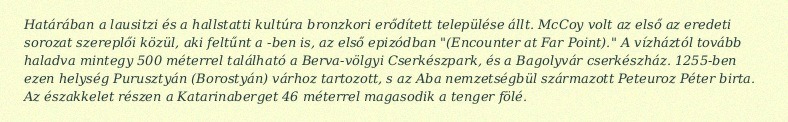
Határában a lausitzi és a hallstatti kultúra bronzkori erődített települése állt. McCoy volt az első az eredeti sorozat szereplői közül, aki feltűnt a -ben is, az első epizódban "(Encounter at Far Point)." A vízháztól tovább haladva mintegy 500 méterrel található a Berva-völgyi Cserkészpark, és a Bagolyvár cserkészház. 1255-ben ezen helység Purusztyán (Borostyán) várhoz tartozott, s az Aba nemzetségbül származott Peteuroz Péter birta. Az északkelet részen a Katarinaberget 46 méterrel magasodik a tenger fölé.